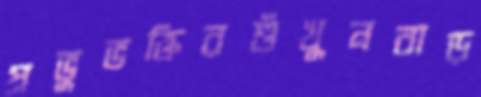
প্রভুভক্তিরশুঁখুনবাড়